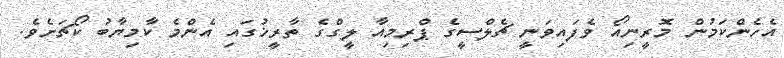
އެހެންކަމުން މޮރީނިއޯ ވެފައިވަނީ ޗެލްސީގެ ޕްރިމިއާ ލީގްގެ ތާރީޚުގައި އެންމެ ކާމިޔާބު ކޯޗަށެވެ.